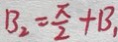
B _ { 2 } = \frac { \pi } { 2 } + B _ { 1 }